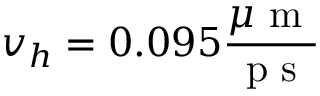
v _ { h } = 0 . 0 9 5 \frac { \mu \mathrm { ~ m ~ } } { \mathrm { ~ p ~ s ~ } }